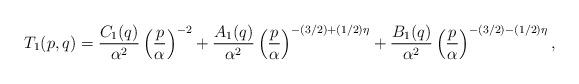
LaTeX: \begin{align*}T_1(p,q)={C_1(q)\over\alpha^2}\left({p\over\alpha}\right)^{-2}+{A_1(q)\over\alpha^2}\left({p\over\alpha}\right)^{-(3/2)+(1/2)\eta}+{B_1(q)\over\alpha^2}\left({p\over\alpha}\right)^{-(3/2)-(1/2)\eta},\end{align*}